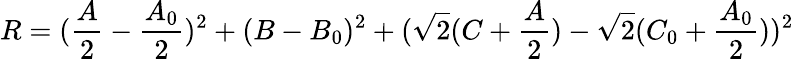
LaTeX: R=(\frac{A}{2}-\frac{A_{0}}{2})^{2}+(B-B_{0})^{2}+(\sqrt{2}(C+\frac{A}{2})-\sqrt{2}(C_{0}+\frac{A_{0}}{2}))^{2}